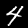
Label: 4